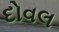
દોવલ